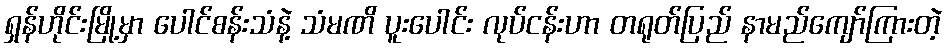
ရှန်ဟိုင်းမြို့မှာ ပေါင်စန်းသံနဲ့ သံမဏိ ပူးပေါင်း လုပ်ငန်းဟာ တရုတ်ပြည် နာမည်ကျော်ကြားတဲ့